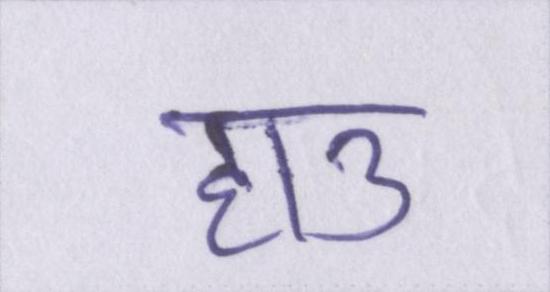
हाउ